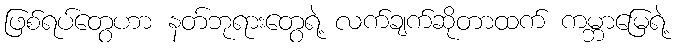
ဖြစ်ရပ်တွေဟာ နတ်ဘုရားတွေရဲ့ လက်ချက်ဆိုတာထက် ကမ္ဘာမြေရဲ့